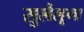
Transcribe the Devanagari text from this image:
सुलैंलूगा